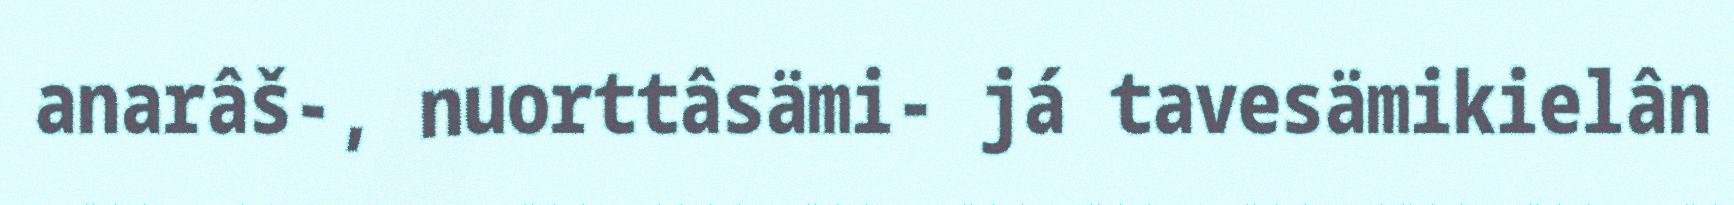
anarâš-, nuorttâsämi- já tavesämikielân